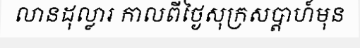
លានដុល្លារ កាលពីថ្ងៃសុក្រសប្តាហ៍មុន